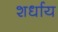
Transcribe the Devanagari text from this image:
शर्धाय